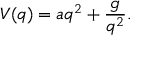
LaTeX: V ( q ) = a q ^ { 2 } + \frac { g } { q ^ { 2 } } .